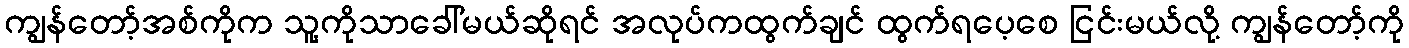
ကျွန်တော့်အစ်ကိုက သူ့ကိုသာခေါ်မယ်ဆိုရင် အလုပ်ကထွက်ချင် ထွက်ရပေ့စေ ငြင်းမယ်လို့ ကျွန်တော့်ကို